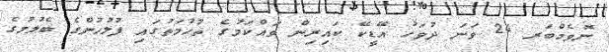
ނޮވެމްބަރ 24 ވަނަ ދުވަހު އޭޑީކޭ ކައިރިން ވައްކަމުގެ ތުހުމަތުގައި ފުލުހުންގެ ބެލުމުގެ